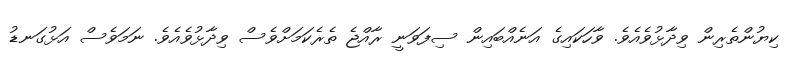
ކިޔުންތެރިން ވިދާޅުވެއެވެ. ވާހަކައިގެ އަނެއްބައިން ސިފަވަނީ ރާއްޖެ ތެރެކަމަށްވެސް ވިދާޅުވެއެވެ. ނަމަވެސް އަޅުގަނޑު